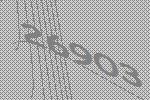
26903